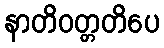
နာတိဝတ္တတိပေ